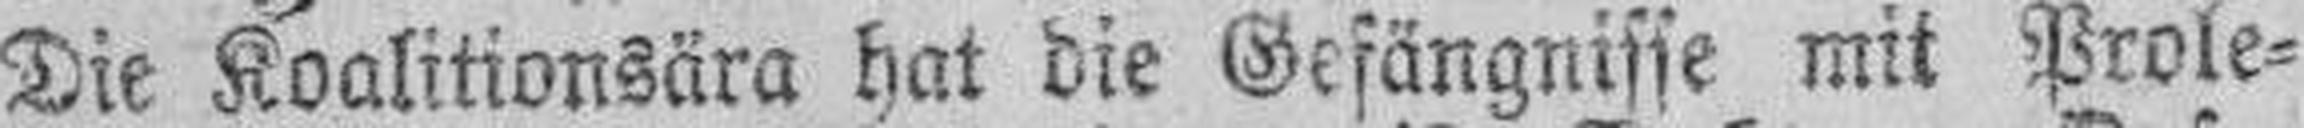
Die Koalitionsära hat die Gefängnisse mit Prole¬